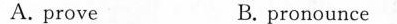
A. prove B. pronounce